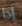
إذا